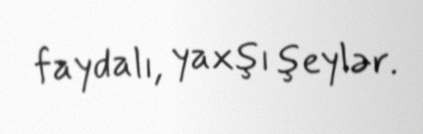
faydalı, yaxşı şeylər.